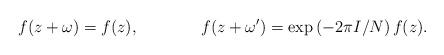
LaTeX: \begin{align*}f(z + \omega) &= f(z), & f(z + \omega') &= \exp\left(- 2 \pi I / N\right) f(z). \end{align*}